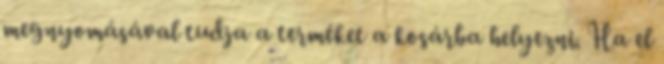
megnyomásával tudja a terméket a kosárba helyezni. Ha el